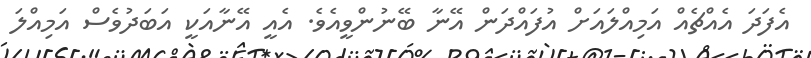
އެފަދަ އެއްޗެއް އަމިއްލައަށް އުފައްދަން އޭނާ ބޭނުންވީއެވެ. އެއީ އޭނާއަކީ އަބަދުވެސް އަމިއްލަ